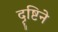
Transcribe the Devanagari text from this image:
दॄष्टिने